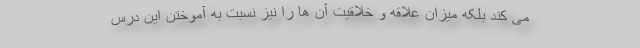
می کند بلکه میزان علاقه و خلاقیت آن ها را نیز نسبت به آموختن این درس